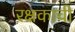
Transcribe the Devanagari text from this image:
रक्षकाची